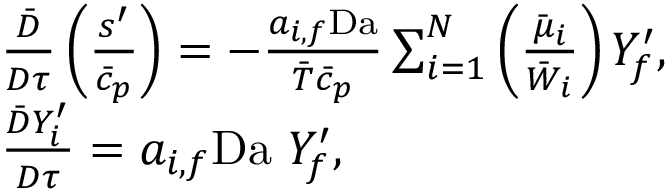
\begin{array} { r l } & { \frac { \bar { D } } { D \tau } \left( \frac { s ^ { \prime } } { \bar { c } _ { p } } \right) = - \frac { a _ { i , f } \mathrm { D a } } { \bar { T } \bar { c } _ { p } } \sum _ { i = 1 } ^ { N } \left( \frac { \bar { \mu } _ { i } } { \bar { W } _ { i } } \right) Y _ { f } ^ { \prime } , } \\ & { \frac { \bar { D } Y _ { i } ^ { \prime } } { D \tau } = a _ { i , f } \mathrm { D a } ~ Y _ { f } ^ { \prime } , } \end{array}